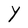
Character: Y